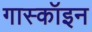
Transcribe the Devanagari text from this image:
गास्कॉइन